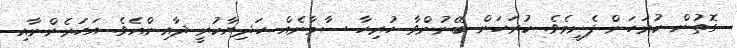
ގޮތުން ކުރަހަން ފެށީމެވެ. ކުރަހަން ބޭނުންވާ ހުރިހާ ސާމާނެއް ހަދިޔާކުރީ ދާއިންއެވެ. އަހަރެންނާއި